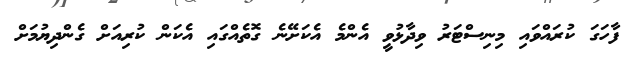
ފާހަގަ ކުރައްވައި މިނިސްޓަރު ވިދާޅުވީ އެންމެ އެކަށޭނެ ގޮތެއްގައި އެކަން ކުރިއަށް ގެންދިޔުމަށް